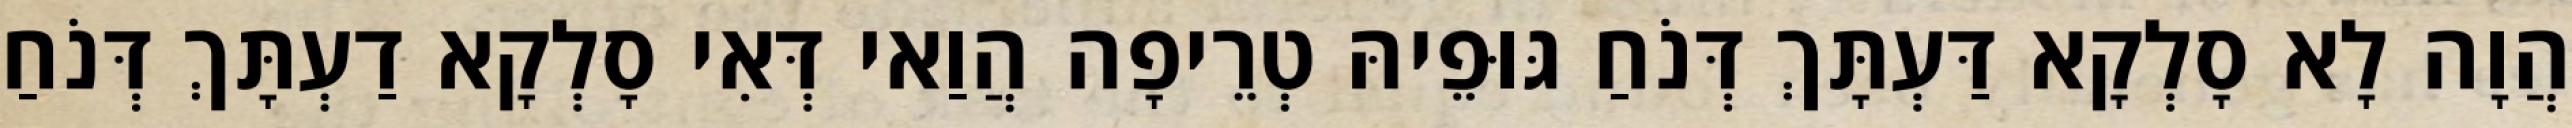
הֲוָה לָא סָלְקָא דַּעְתָּךְ דְּנֹחַ גּוּפֵיהּ טְרֵיפָה הֲוַאי דְּאִי סָלְקָא דַעְתָּךְ דְּנֹחַ